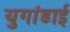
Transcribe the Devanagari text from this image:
युगांडाई